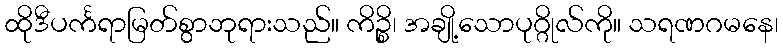
ထိုဒီပင်္ကရာမြတ်စွာဘုရားသည်။ ကိဉ္စိ၊ အချို့သောပုဂ္ဂိုလ်ကို။ သရဏဂမနေ၊